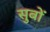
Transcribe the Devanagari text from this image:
सुबों